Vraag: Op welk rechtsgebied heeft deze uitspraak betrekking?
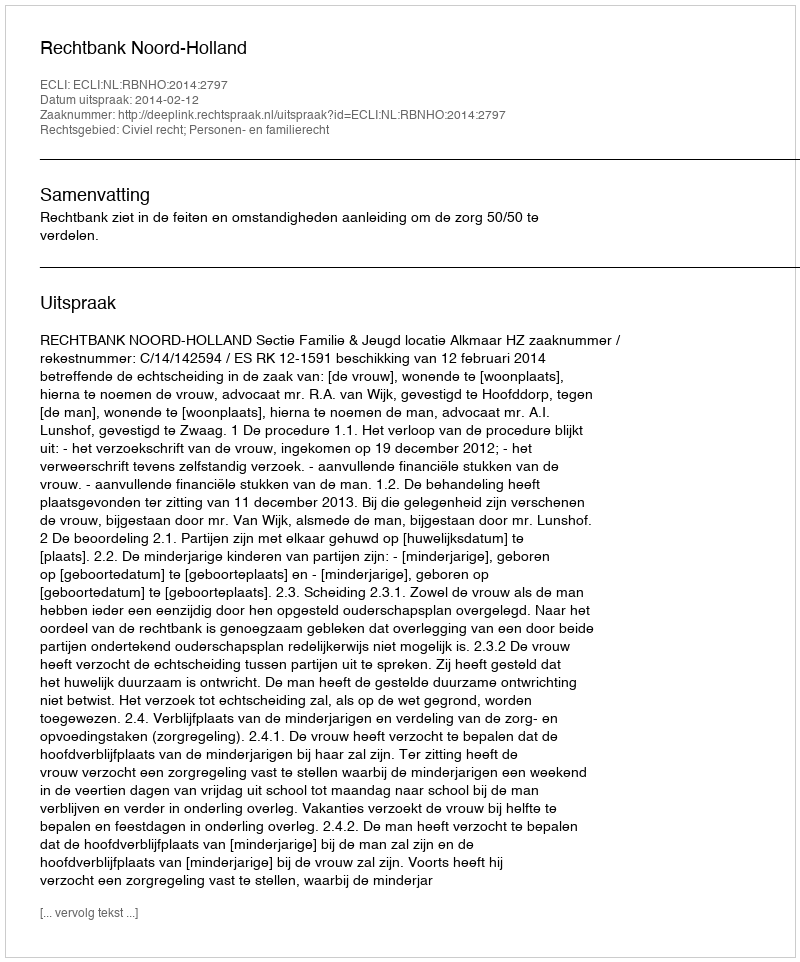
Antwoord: Civiel recht; Personen- en familierecht